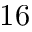
1 6